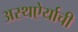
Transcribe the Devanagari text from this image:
अस्थऐर्याची